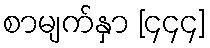
စာမျက်နှာ [၄၄၄]